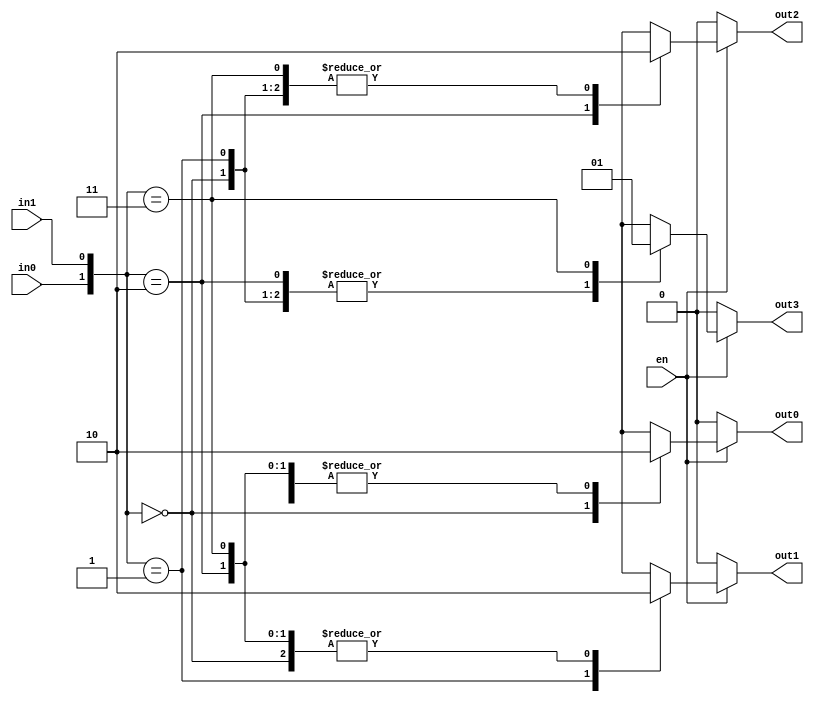
module decoder_2x4(in0, in1, out0, out1, out2, out3, en);
		input in0, in1, en;
		output reg out0, out1, out2, out3;
		
		always@(in0, in1, en)
		begin
		if(~en) begin
			out0 <= 1'd0;
			out1 <= 1'd0;
			out2 <= 1'd0;
			out3 <= 1'd0;
			end
		else begin
			case({in0,in1})
				2'b00:begin 
						out0 <= 1'd1;
						out1 <= 1'd0;
						out2 <= 1'd0;
						out3 <= 1'd0;
						end
				2'b01:begin
						out0 <= 1'd0;
						out1 <= 1'd1;
						out2 <= 1'd0;
						out3 <= 1'd0;
						end
				2'b10:begin
						out0 <= 1'd0;
						out1 <= 1'd0;
						out2 <= 1'd1;
						out3 <= 1'd0;
						end
				2'b11:begin
						out0 <= 1'd0;
						out1 <= 1'd0;
						out2 <= 1'd0;
						out3 <= 1'd1;
						end
				default:begin
						  out0 <= 1'd0;
						  out1 <= 1'd0;
						  out2 <= 1'd0;
						  out3 <= 1'd0;
						  end
			endcase
			end
		end
endmodule